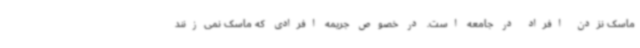
ماسک نزدن افراد در جامعه است. در خصوص جریمه افرادی که ماسک نمی‌زنند